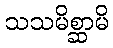
သသမိစ္ဆာမိ